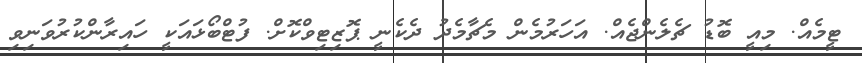
ޓީމެއް. މިއީ ބޮޑު ޗެލެންޖެއް. އަހަރުމެން މެޗާމެދު ދެކެނީ ޕޮޒިޓިވްކޮށް. ފުޓްބޯޅައަކީ ހައިރާންކުރުވަނިވި